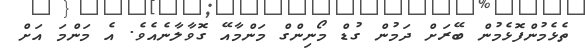
ތެޅެމުންފޮޅެމުން ބޭރަށް ދަމުން ގުޑް މޯނިންގް މަންމާއޭ ގޮވާލާނެއެވެ. އެ މަންމަ އަށް